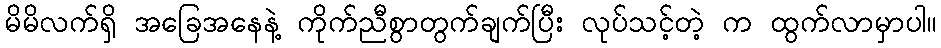
မိမိလက်ရှိ အခြေအနေနဲ့ ကိုက်ညီစွာတွက်ချက်ပြီး လုပ်သင့်တဲ့ က ထွက်လာမှာပါ။